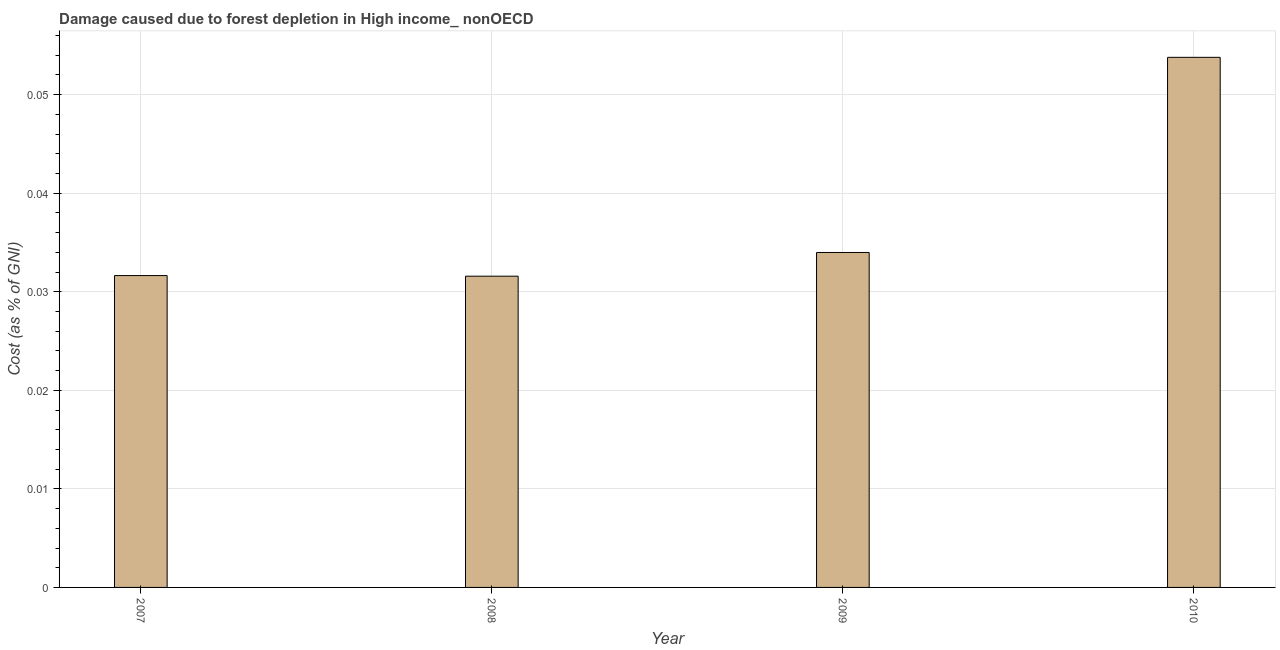
| Year | net forest depletion |
 | --- | --- |
 | 2007 | 0.0316 |
 | 2008 | 0.0316 |
 | 2009 | 0.034 |
 | 2010 | 0.0538 |